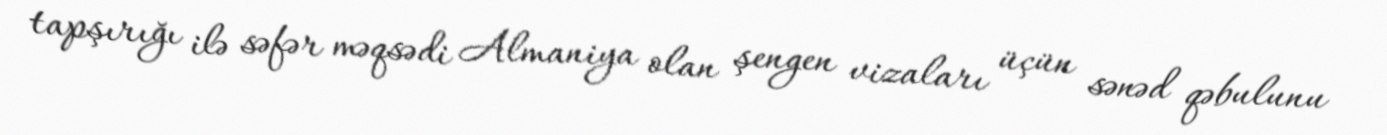
tapşırığı ilə səfər məqsədi Almaniya olan şengen vizaları üçün sənəd qəbulunu